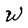
Character: W